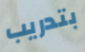
بتدريب